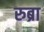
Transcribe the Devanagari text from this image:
रुब्रा